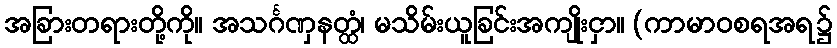
အခြားတရားတို့ကို။ အသင်္ဂဏှနတ္ထံ၊ မသိမ်းယူခြင်းအကျိုးငှာ။ (ကာမာဝစရအရ၌